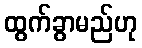
ထွက်ခွာမည်ဟု